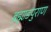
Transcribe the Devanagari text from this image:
ब्रह्मा़डपुराण